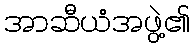
အာဆီယံအဖွဲ့၏